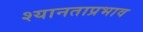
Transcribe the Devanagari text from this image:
श्यानताप्रभाव